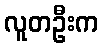
လူတဦးက